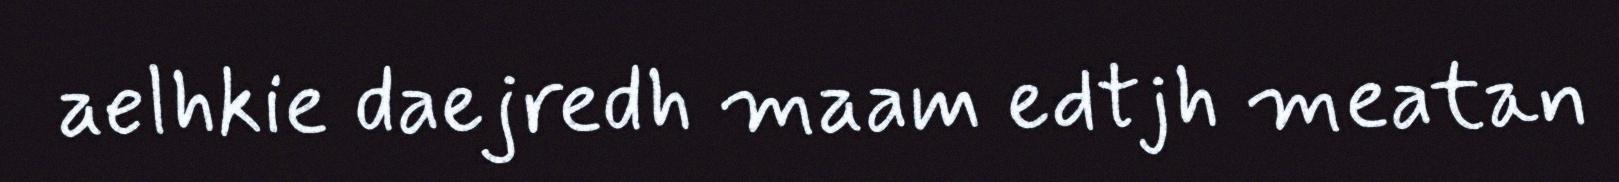
aelhkie daejredh maam edtjh meatan